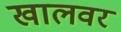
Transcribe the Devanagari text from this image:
खालवर